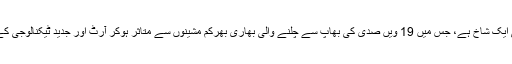
واضح رہے کہ اسٹیم پنک، سائنس فکشن کی ایک شاخ ہے، جس میں 19 ویں صدی کی بھاپ سے چلنے والی بھاری بھرکم مشینوں سے متاثر ہوکر آرٹ اور جدید ٹیکنالوجی کے امتزاج سے شاہکار تخلیق کیے جاتے ہیں۔